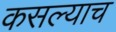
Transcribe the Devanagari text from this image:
कसल्याच